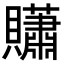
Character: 𧹀